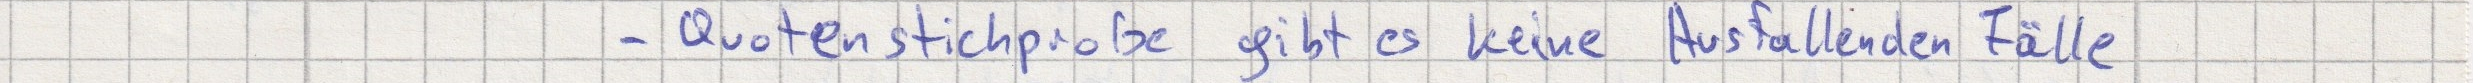
- Quotenstichprobe gibt es keine Ausfallenden Fälle